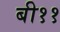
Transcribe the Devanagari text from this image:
बी११